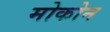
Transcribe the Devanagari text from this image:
मोकोन